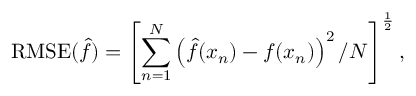
\mathrm { R M S E } ( \hat { f } ) = \left[ \sum _ { n = 1 } ^ { N } \left( \hat { f } ( x _ { n } ) - f ( x _ { n } ) \right) ^ { 2 } / N \right] ^ { \frac { 1 } { 2 } } ,